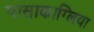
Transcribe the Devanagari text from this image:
पासाकाग्लिया